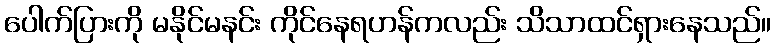
ပေါက်ပြားကို မနိုင်မနင်း ကိုင်နေရဟန်ကလည်း သိသာထင်ရှားနေသည်။